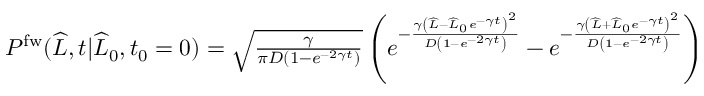
\begin{array} { r } { P ^ { \mathrm { f w } } ( \widehat { L } , t | \widehat { L } _ { 0 } , t _ { 0 } = 0 ) = \sqrt { \frac { \gamma } { \pi D ( 1 - e ^ { - 2 \gamma t } ) } } \left( e ^ { - \frac { \gamma \left( \widehat { L } - \widehat { L } _ { 0 } e ^ { - \gamma t } \right) ^ { 2 } } { D \left( 1 - e ^ { - 2 \gamma t } \right) } } - e ^ { - \frac { \gamma \left( \widehat { L } + \widehat { L } _ { 0 } e ^ { - \gamma t } \right) ^ { 2 } } { D \left( 1 - e ^ { - 2 \gamma t } \right) } } \right) } \end{array}